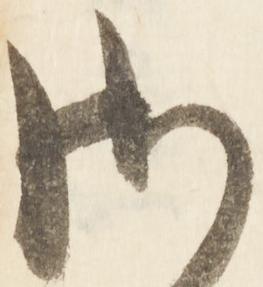
御